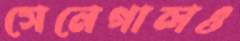
সেনেগালও